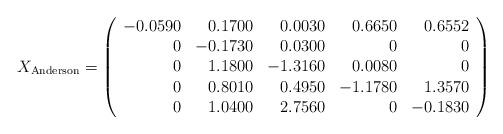
LaTeX: \begin{align*}X_{\rm Anderson} = \left( \begin{array}{rrrrr} -0.0590 & 0.1700 & 0.0030 & 0.6650 & 0.6552 \\ 0 & -0.1730 & 0.0300 & 0 & 0 \\ 0 & 1.1800 & -1.3160 & 0.0080 & 0 \\ 0 & 0.8010 & 0.4950 & -1.1780 & 1.3570 \\ 0 & 1.0400 & 2.7560 & 0 & -0.1830 \end{array} \right)\end{align*}